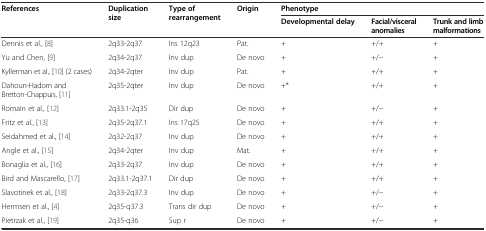
| <ROWSPAN=2> References | <ROWSPAN=2> Duplication size | <ROWSPAN=2> Type of rearrangement | <ROWSPAN=2> Origin | <COLSPAN=3> Phenotype |
 | Developmental delay | Facial/visceral anomalies | Trunk and limb malformations |
 | --- | --- | --- | --- | --- | --- | --- |
 | Dennis et al., [8] | 2q33-2q37 | Ins 12q23 | Pat. | + | +/+ | + |
 | Yu and Chen, [9] | 2q34-2q37 | Inv dup | De novo | + | +/− | + |
 | Kyllerman et al., [10] (2 cases) | 2q34-2qter | Inv dup | Pat. | + | +/+ | + |
 | Dahoun-Hadorn and Bretton-Chappuis, [11] | 2q35-2qter | Inv dup | De novo | +* | +/+ | + |
 | Romain et al., [12] | 2q33.1-2q35 | Dir dup | De novo | + | +/− | + |
 | Fritz et al., [13] | 2q35-2q37.1 | Ins 17q25 | De novo | + | +/+ | + |
 | Seidahmed et al., [14] | 2q32-2q37 | Inv dup | De novo | + | +/+ | + |
 | Angle et al., [15] | 2q34-2qter | Inv dup | Mat. | + | +/+ | + |
 | Bonaglia et al., [16] | 2q33-2q37 | Inv dup | De novo | + | +/+ | + |
 | Bird and Mascarello, [17] | 2q33.1-2q37.1 | Dir dup | De novo | + | +/+ | + |
 | Slavotinek et al., [18] | 2q33-2q37.3 | Inv dup | De novo | + | +/− | + |
 | Hermsen et al., [4] | 2q35-q37.3 | Trans dir dup | De novo | + | +/− | + |
 | Pietrzak et al., [19] | 2q35-q36 | Sup r | De novo | + | +/− | + |